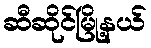
ဆီဆိုင်မြို့နယ်